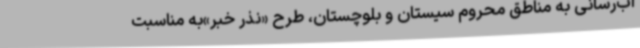
آب‌رسانی به مناطق محروم سیستان و بلوچستان، طرح «نذر خبر»به مناسبت